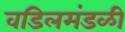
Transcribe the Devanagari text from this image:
वडिलमंडळी